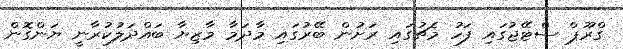
ގްރޫޕް ސްޓޭޖުގައި ފަހު މެޗުގައި ރަށުން ބޭރުގައި މާދަމާ މާޒިޔާ ބައްދަލުކުރާނީ ޔަންގޮން